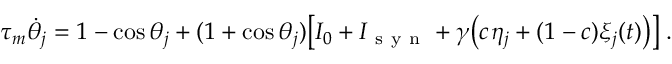
\tau _ { m } \dot { \theta } _ { j } = 1 - \cos \theta _ { j } + ( 1 + \cos \theta _ { j } ) \big [ I _ { 0 } + I _ { \mathrm { ~ s ~ y ~ n ~ } } + \gamma \big ( c \; \! \eta _ { j } + ( 1 - c ) \xi _ { j } ( t ) \big ) \big ] \; .